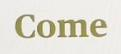
Come